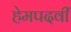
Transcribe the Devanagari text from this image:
हेमपदवीं